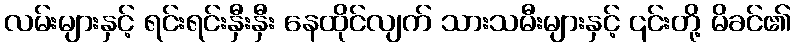
လမ်းများနှင့် ရင်းရင်းနှီးနှီး နေထိုင်လျက် သားသမီးများနှင့် ၎င်းတို့ မိခင်၏